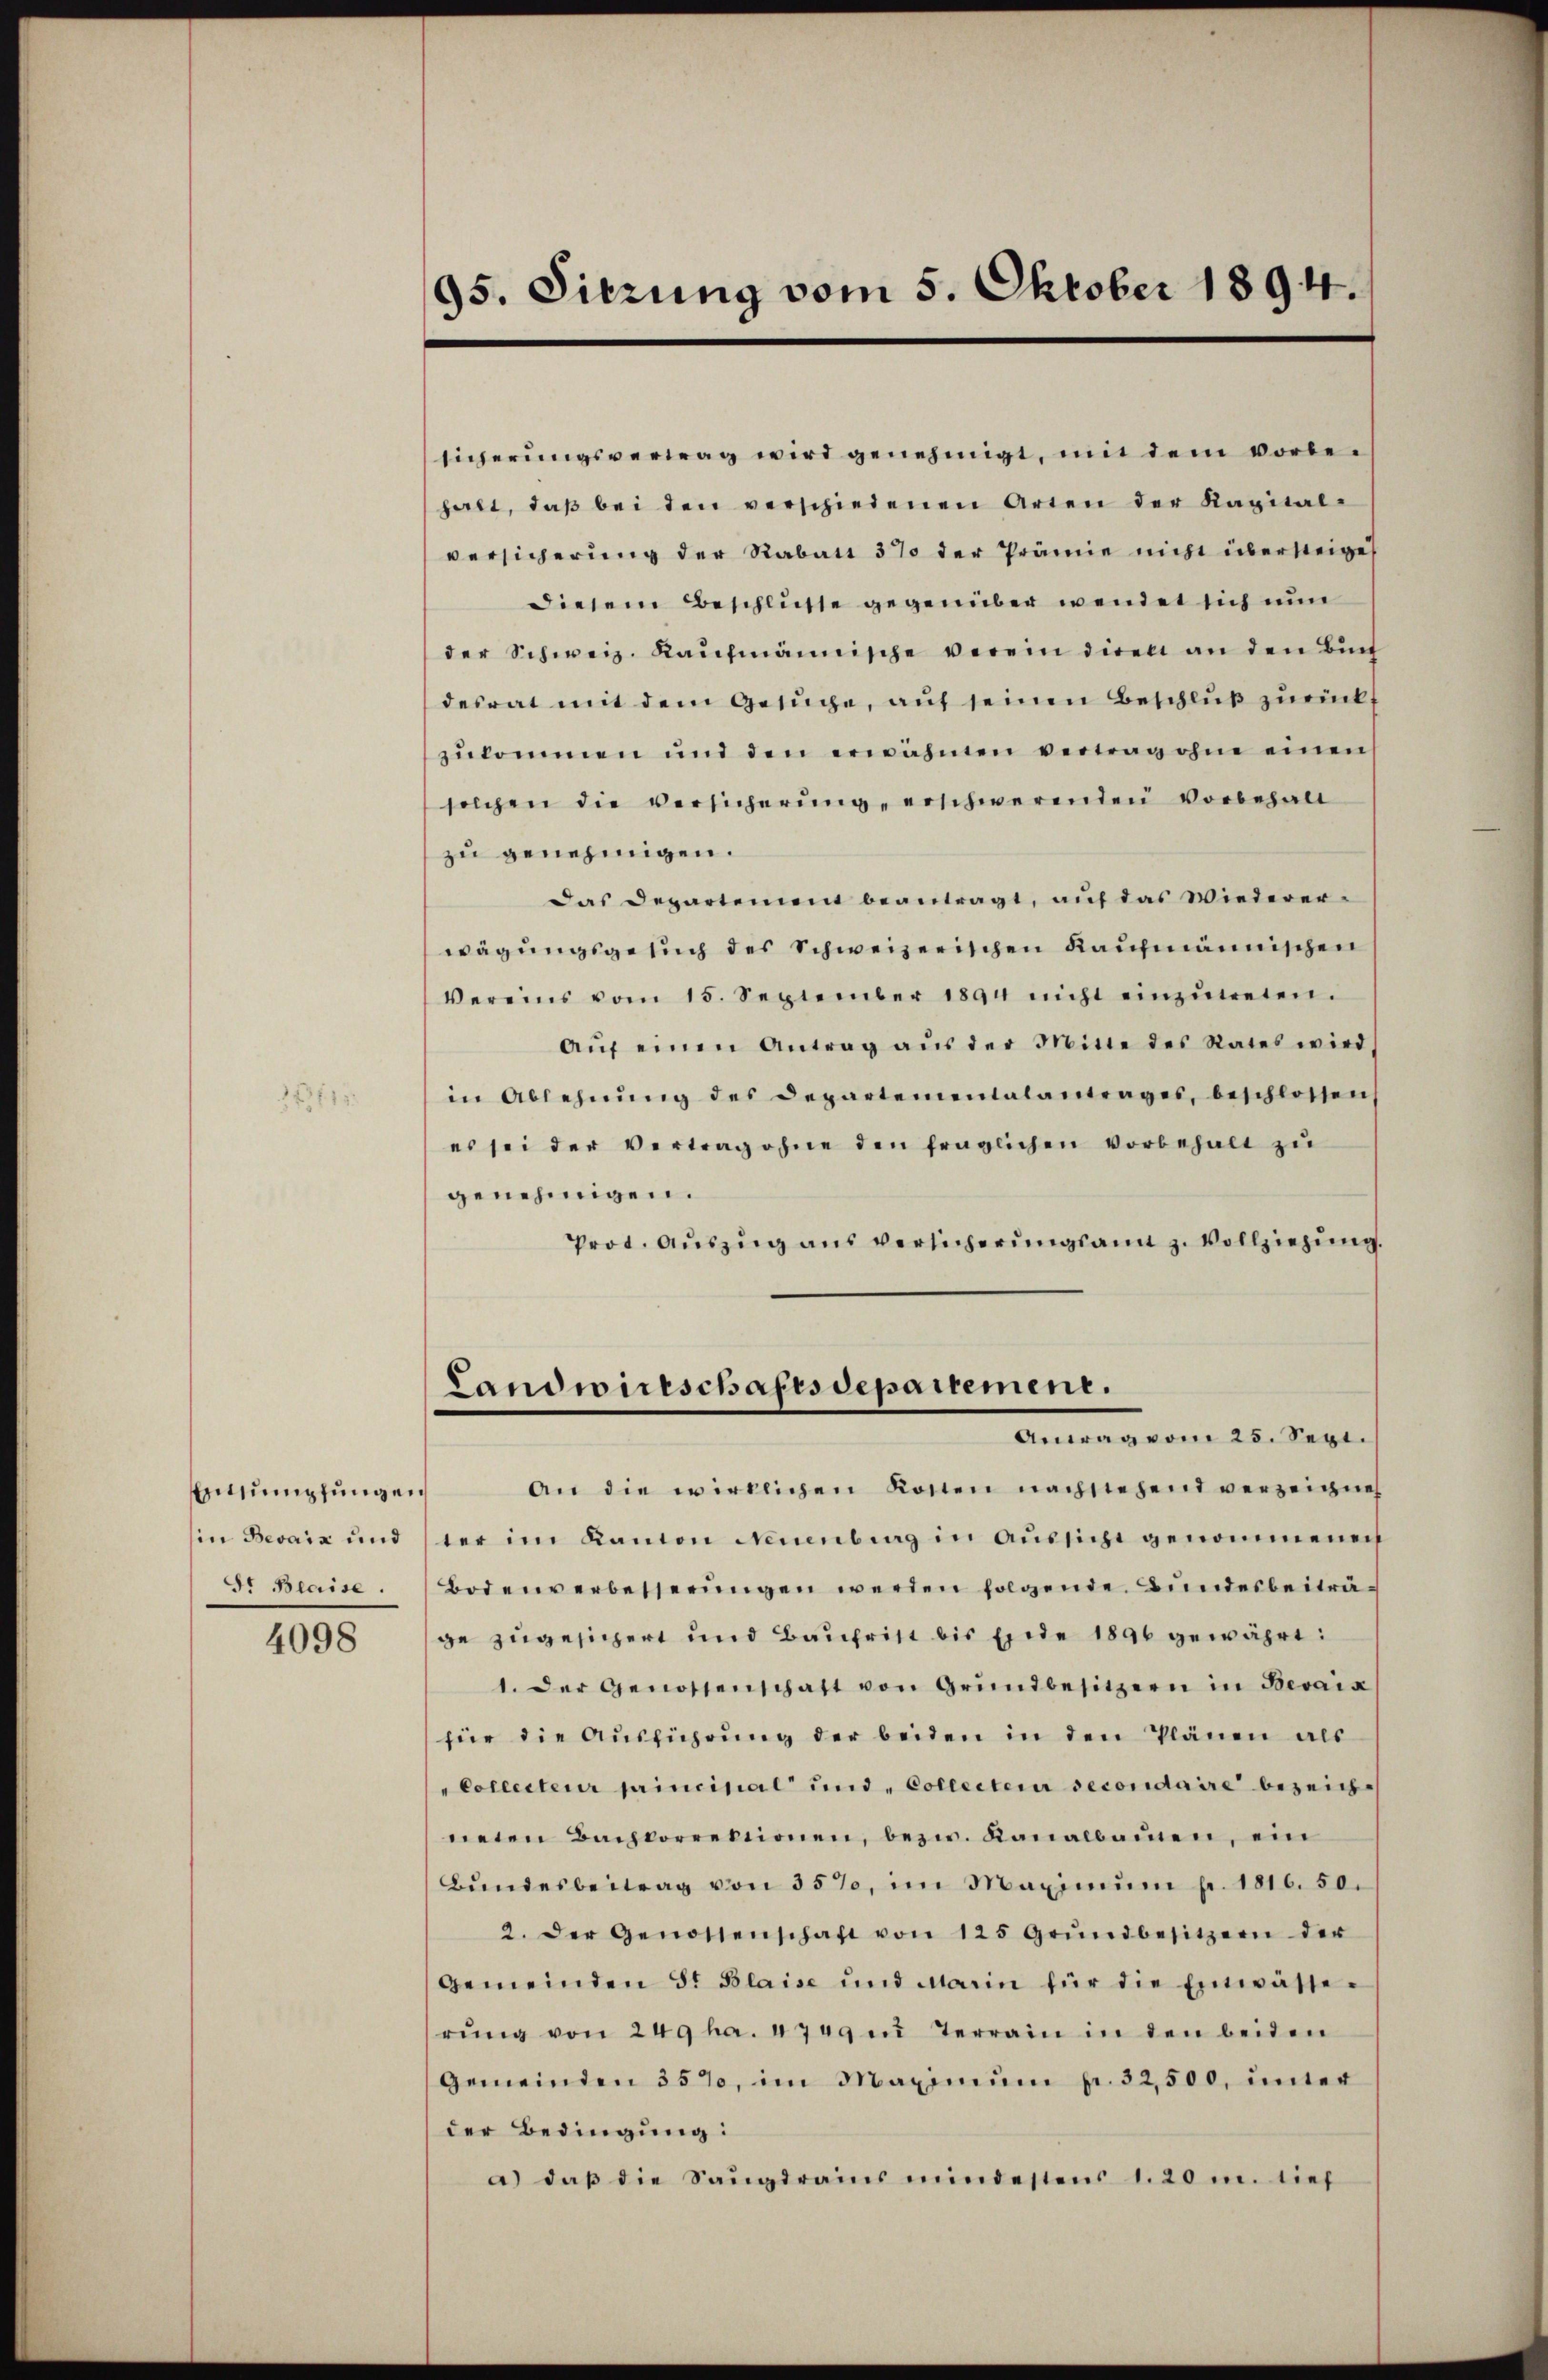
EEntsumpfungen
in Bevaiz und
Sr Beaise.

4098

95. Sitzung vom 5. Oktober 1894.

sicherungsvertrag wird genehmigt, mit dem vorbehalt, daβ bei den verschiedenen Arten der Kapital-
versicherung der Rabatt 37 der Prämie nicht übersteige
diesem Beschlüsse gegenüber wendet sich nun
der Schweiz. Kaŭfmännische verein diren an den Büch
desrat mit dem Gesuche, auf seinen Beschluß zurückt
zŭkommen und den erwähnen vertrag ohne einen
solchen die versicherŭng erschwerenden Vorbehalt
zu genehmigen.
Das Departement beantragt, auf das Wiedererwägungsgesuch des Schweizerischen Kaufmännischen
Vereins vom 15. September 1894 nicht einzŭtreten.
Aŭf einen Antrag aŭs der Mine des Rates wird
in Ablehnŭng des Departementalantrages, beschlossen
es sei der Vertrag ohne den fraglichen vorbehalt zŭ
genehmigen.
Prot. Aŭszŭg aŭs versicherŭngsamt z. Vollziehung.
Landwirtschaftsdepartement.
Antag vom 25. Sept.
An die wirklichen Kosten nachstehend verzeichnet
ter im Kanton Neuenburg in Aŭssicht genommenen
Bodenverbesserungen werden folgende Bundesbeiträge zugesichert und Bauhrist bis Ende 1890 gewährt:
1. der Genossenschaft von Grundbesitzern in Bevaix
für die Aŭsführŭng der beiden in den Plänen als
Collecteur principal und Collecteri secondaire bezeichneten Bachkorrektionen, bezw. Kanalbauen, ein
Bŭndesbeitrag von 35%, im Maximŭm p. 1816. 50.
2. Der Genossenschaft von 125 Grŭndbesitzern der
Gemeinden S. Blaise und Marin für die Einwässerŭng von 249 ha. 4749 in Terrain in den beiden
Gemeinden 357, im Maximŭm p. 32,500, unter
der Bedingung:
a) daß die Sangdrains mindestens 1. 20 m. tief